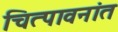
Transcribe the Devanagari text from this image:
चित्पावनांत